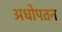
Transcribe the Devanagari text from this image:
अधोपतन